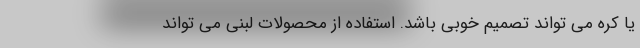
یا کره می تواند تصمیم خوبی باشد. استفاده از محصولات لبنی می تواند